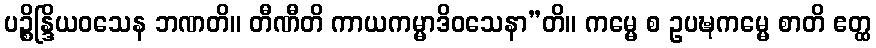
ပဉ္စိန္ဒြိယဝသေန ဘဏတိ။ တီဏီတိ ကာယကမ္မာဒိဝသေနာ”တိ။ ကမ္မေ စ ဥပဍ္ဎကမ္မေ စာတိ ဧတ္ထ